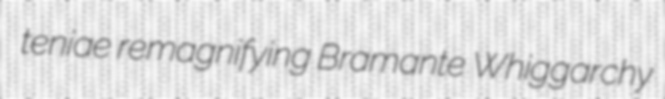
teniae remagnifying Bramante Whiggarchy